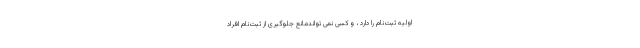
اولیه ثبت‌نام را دارد ، و کسی نمی تواندمانع جلوگیری از ثبت‌نام افراد